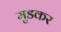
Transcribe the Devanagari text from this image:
मुडकर